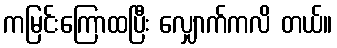
ကမြင်းကြောထပြီး လျှောက်ကလိ တယ်။